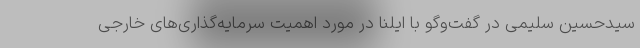
سیدحسین سلیمی در گفت‌وگو با ایلنا در مورد اهمیت سرمایه‌گذاری‌های خارجی